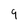
Character: 9